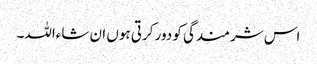
اس شرمندگی کو دور کرتی ہوں ان شاءاللہ۔